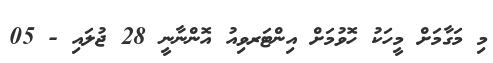
މި މަގާމަށް މީހަކު ހޮވުމަށް އިންޓަރވިއު އޮންނާނީ 28 ޖުލައި - 05